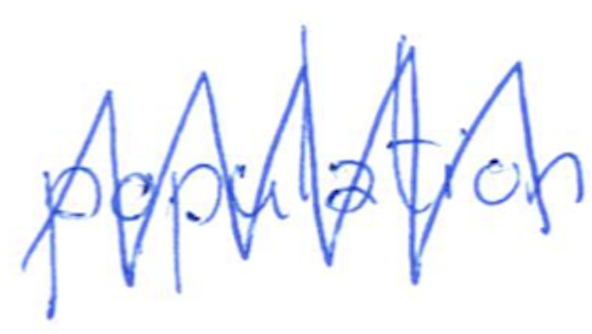
Text: population
Cross-out: zig-zag
Writing tool: ballpoint